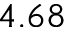
4 . 6 8